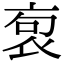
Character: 𧙎